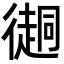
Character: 𢖂